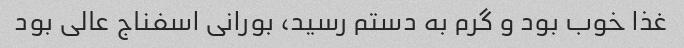
غذا خوب بود و گرم به دستم رسید، بورانی اسفناج عالی بود